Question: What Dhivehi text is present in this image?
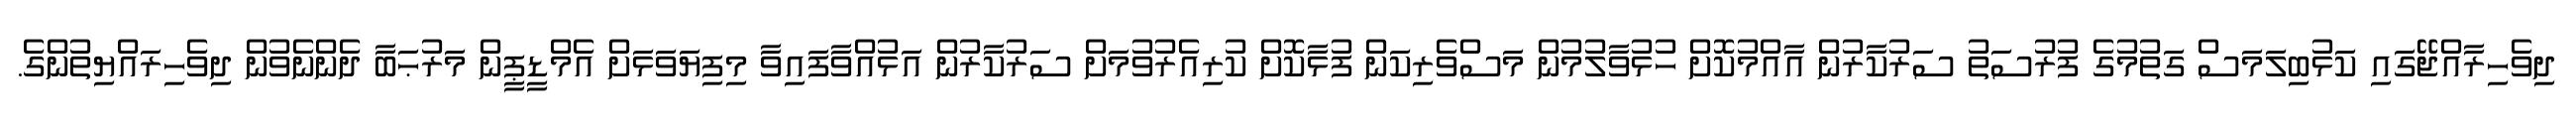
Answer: ދިވެހިރާއްޖޭގައި ކަޅުބިލަމަސް ގަތުމުގެ ފުރުސަތު ސަރުކާރުން އާއްމުކޮށް ހުޅުވާލުމުން މަސްވެރިކަން ފުޅާކޮށް ކުރިއެރުވުމަށް ސަރުކާރުން އަޅުއްވާފައިވާ މިފިޔަވަޅަށް އެމްޑީޕީން މަރުޙަބާ ދެންނެވުން ދިވެހިރައްޔިތުންގެ.